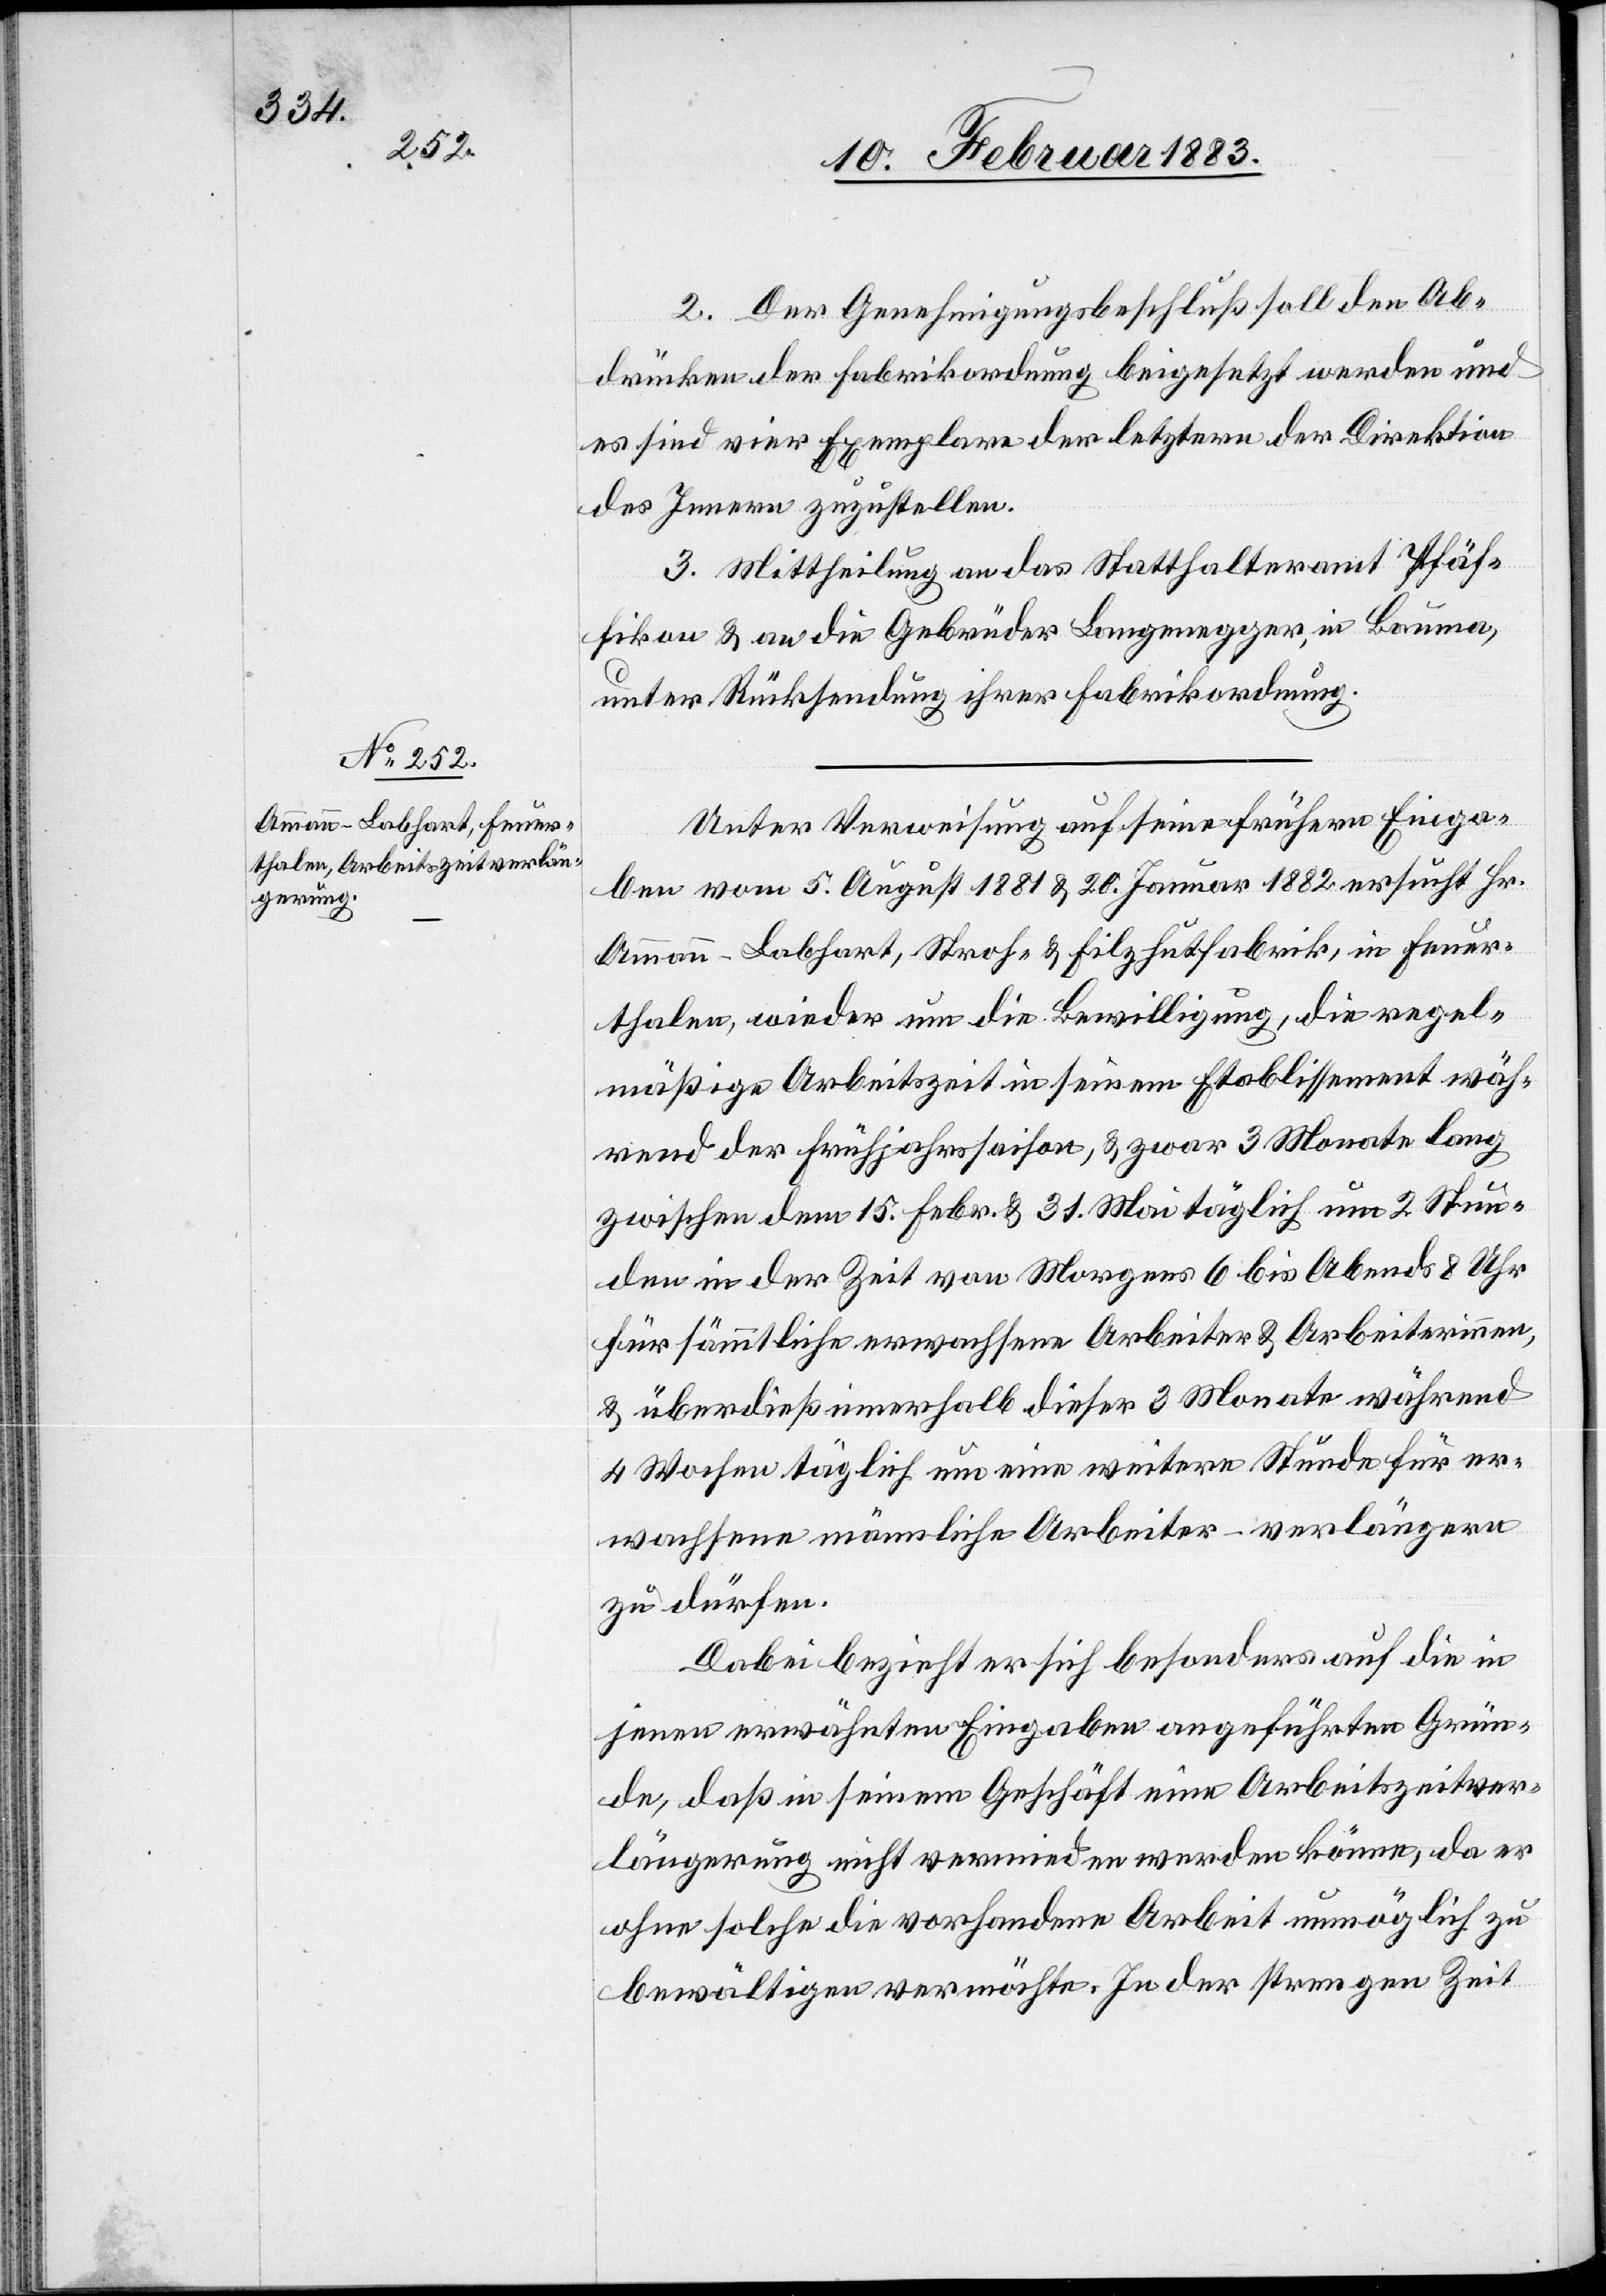
2. Der Genehmigungsbeschluß soll den Ab¬
drücken der Fabrikordnung beigesetzt werden und
es sind vier Exemplare der letztern der Direktion
des Innern zuzustellen.
3. Mittheilung an das Statthalteramt Pfäf¬
fikon & an die Gebrüder Langenegger, in Bauma,
unter Rücksendung ihrer Fabrikordnung.
Unter Verweisung auf seine frühern Einga¬
ben vom 5. August 1881 & 20. Januar 1882 ersucht Hr.
Ammann-Labhart, Stroh- & Filzhutfabrik, in Feuer¬
thalen, wieder um die Bewilligung, die regel¬
mäßige Arbeitszeit in seinem Etablissement wäh¬
rend der Frühjahrssaison, & zwar 3 Monate lang
zwischen dem 15. Febr. & 31. Mai täglich um 2 Stun¬
den in der Zeit von Morgens 6 bis Abends 8 Uhr
für sämmtliche erwachsene Arbeiter & Arbeiterinnen,
& überdieß innerhalb dieser 3 Monate während
4 Wochen täglich um eine weitere Stunde für er¬
wachsene männliche Arbeiter – verlängern
zu dürfen.
Dabei bezieht er sich besonders auf die in
jenen erwähnten Eingaben angeführten Grün¬
de, daß in seinem Geschäft eine Arbeitszeitver¬
längerung nicht vermieden werden könne, da er
ohne solche die vorhandene Arbeit unmöglich zu
bewältigen vermöchte. In der strengen Zeit